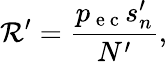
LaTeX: \mathcal{R}^{\prime}=\frac{{p_{\mathrm{{~e~c~}}}s_{n}^{\prime}}}{{N^{\prime}}},